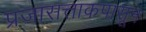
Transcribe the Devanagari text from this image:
प्रजासत्ताकपासून